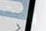
وقت